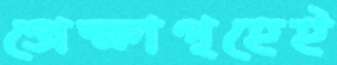
প্রেক্ষাগৃহেই